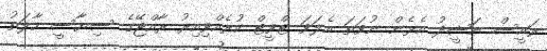
ރައީސް ނަޝީދު އެޅެން ނުވަތަ އެލަވަ ޓްވީޓް ކުރެއްވިއިރު ރާއްޖޭގެ ސިޔާސީ ހާލަތު